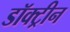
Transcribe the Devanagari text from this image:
डॉक्ट्रीन